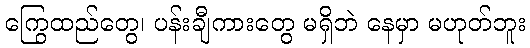
ကြွေထည်တွေ၊ ပန်းချီကားတွေ မရှိဘဲ နေမှာ မဟုတ်ဘူး